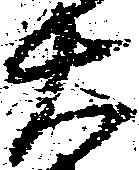
右